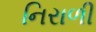
નિરાળી